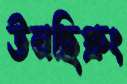
উনছিপ্রুং